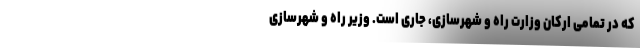
که در تمامی ارکان وزارت راه و شهرسازی، جاری است. وزیر راه و شهرسازی